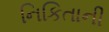
નિકિતાની